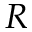
R